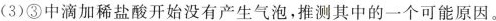
(3)③中滴加稀盐酸开始没有产生气泡，推测其中的一个可能原因。